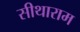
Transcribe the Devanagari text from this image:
सीथाराम